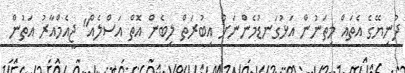
ދުނިޔޭގެ އެތައް މިތަނުން އަޅުގަނޑުމެންނަށް އިބުރަތް ލިބެން އޮތް އަސްލެއް" ޖީއެމްއާރު އަތުން